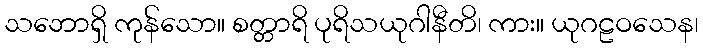
သဘောရှိ ကုန်သော။ စတ္တာရိ ပုရိသယုဂါနီတိ၊ ကား။ ယုဂဠဝသေန၊